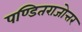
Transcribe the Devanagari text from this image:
पण्डितराजोत्तर